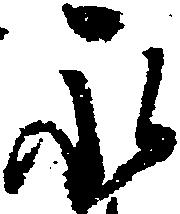
永